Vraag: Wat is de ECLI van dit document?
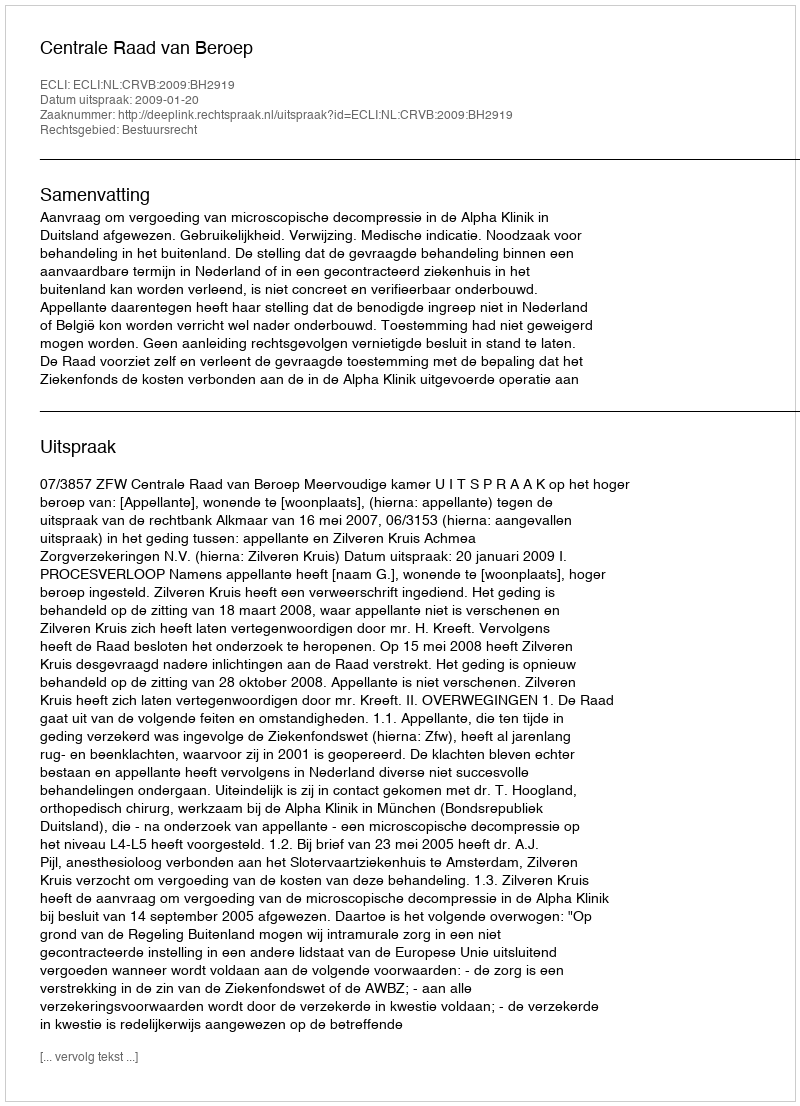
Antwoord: ECLI:NL:CRVB:2009:BH2919